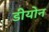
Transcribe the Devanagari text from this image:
डीयोन